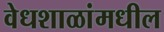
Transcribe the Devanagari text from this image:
वेधशाळांमधील